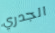
الجدري